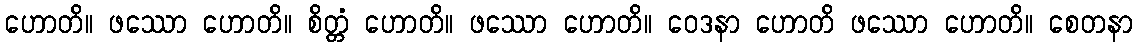
ဟောတိ။ ဖဿော ဟောတိ။ စိတ္တံ ဟောတိ။ ဖဿော ဟောတိ။ ဝေဒနာ ဟောတိ ဖဿော ဟောတိ။ စေတနာ